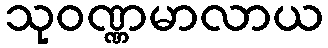
သုဝဏ္ဏမာလာယ